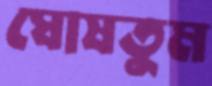
ঘোষতুম